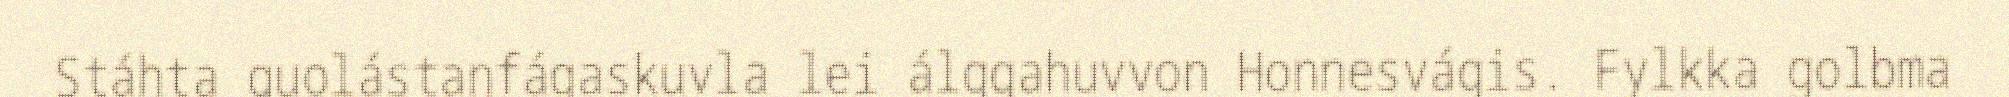
Stáhta guolástanfágaskuvla lei álggahuvvon Honnesvágis. Fylkka golbma